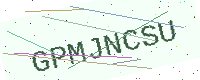
Text: GPMJNCSU